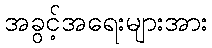
အခွင့်အရေးများအား